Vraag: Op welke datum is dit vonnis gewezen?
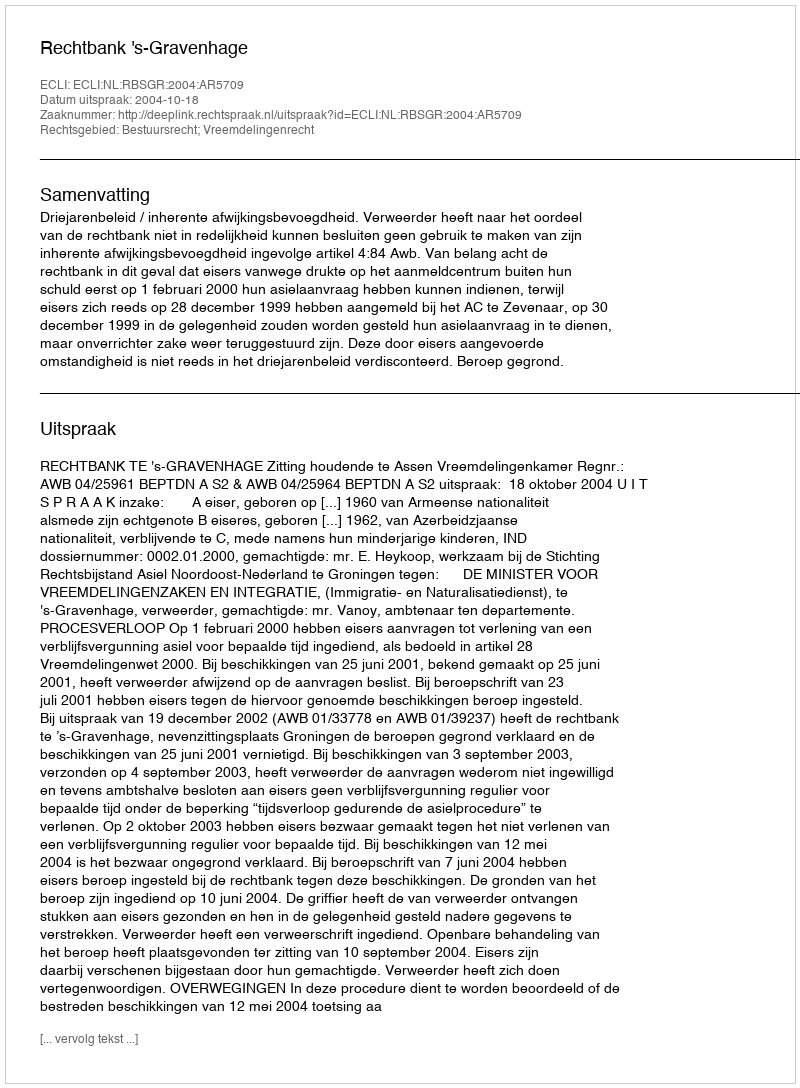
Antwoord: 2004-10-18